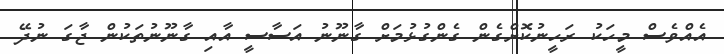
އެއްވެސް މީހަކު ރަހީނުކޮށްގެން ގެންގުޅުމަށް ގާނޫނު އަސާސީ އާއި ގާނޫނުތަކުން ޖާގަ ނުދޭ